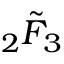
{ } _ { 2 } \tilde { F } _ { 3 }